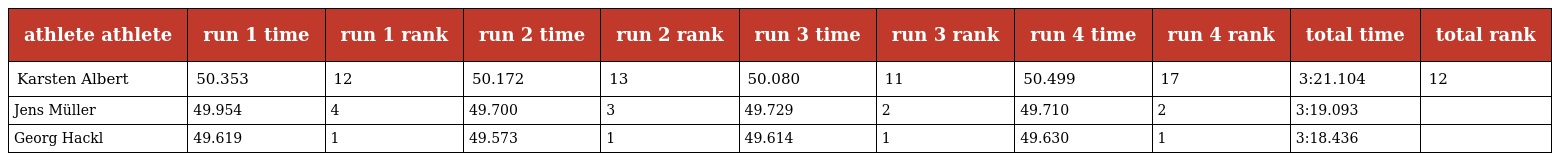
| athlete athlete | run 1 time | run 1 rank | run 2 time | run 2 rank | run 3 time | run 3 rank | run 4 time | run 4 rank | total time | total rank |
 | --- | --- | --- | --- | --- | --- | --- | --- | --- | --- | --- |
 | Karsten Albert | 50.353 | 12 | 50.172 | 13 | 50.080 | 11 | 50.499 | 17 | 3:21.104 | 12 |
 | Jens Müller | 49.954 | 4 | 49.700 | 3 | 49.729 | 2 | 49.710 | 2 | 3:19.093 |  |
 | Georg Hackl | 49.619 | 1 | 49.573 | 1 | 49.614 | 1 | 49.630 | 1 | 3:18.436 |  |